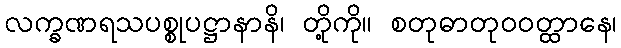
လက္ခဏရသပစ္စုပဋ္ဌာနာနိ၊ တို့ကို။ စတုဓာတုဝဝတ္ထာနေ၊